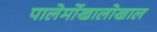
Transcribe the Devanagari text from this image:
पालेर्मोखालोखाल